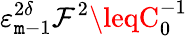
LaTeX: \varepsilon_{\mathtt{m}-1}^{2\delta}\mathcal{{F}}^{2}\leqC_{0}^{-1}